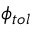
\phi _ { t o l }